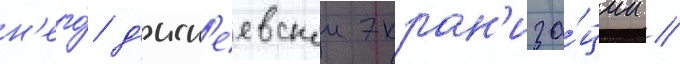
н'его́ д'исн'еевскои экран'иза́ции //